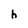
Character: h